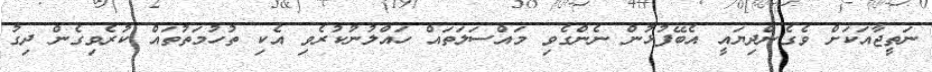
ނަތީޖާއަކަށް ވެގެންދިޔައީ އެބޭފުޅުން ނެންގެވި މައްސަލަތައް ހައްލުނުކުރެވި އެކި ތުހުމަތުތައް ކުރެވިގެން ދިގު